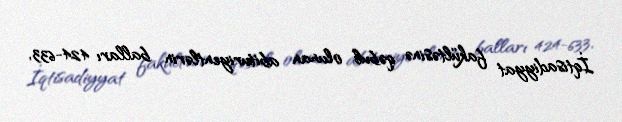
İqtisadiyyat fakültəsinə qəbul olunan abituriyentlərin balları 424-633,